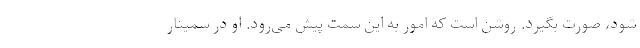
شود، صورت بگیرد. روشن است که امور به این سمت پیش می‌رود. او در سمینار